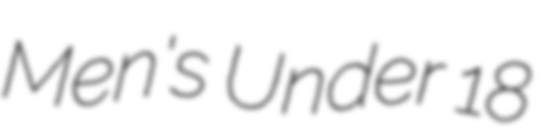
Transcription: Men's Under 18